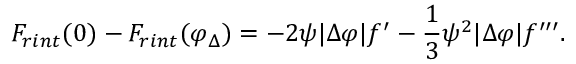
F _ { r i n t } ( 0 ) - F _ { r i n t } ( \varphi _ { \Delta } ) = - 2 \psi | \Delta \varphi | f ^ { \prime } - { \frac { 1 } { 3 } } \psi ^ { 2 } | \Delta \varphi | f ^ { \prime \prime \prime } .